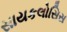
સાયકલોસિસ